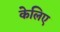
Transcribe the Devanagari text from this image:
केलिए